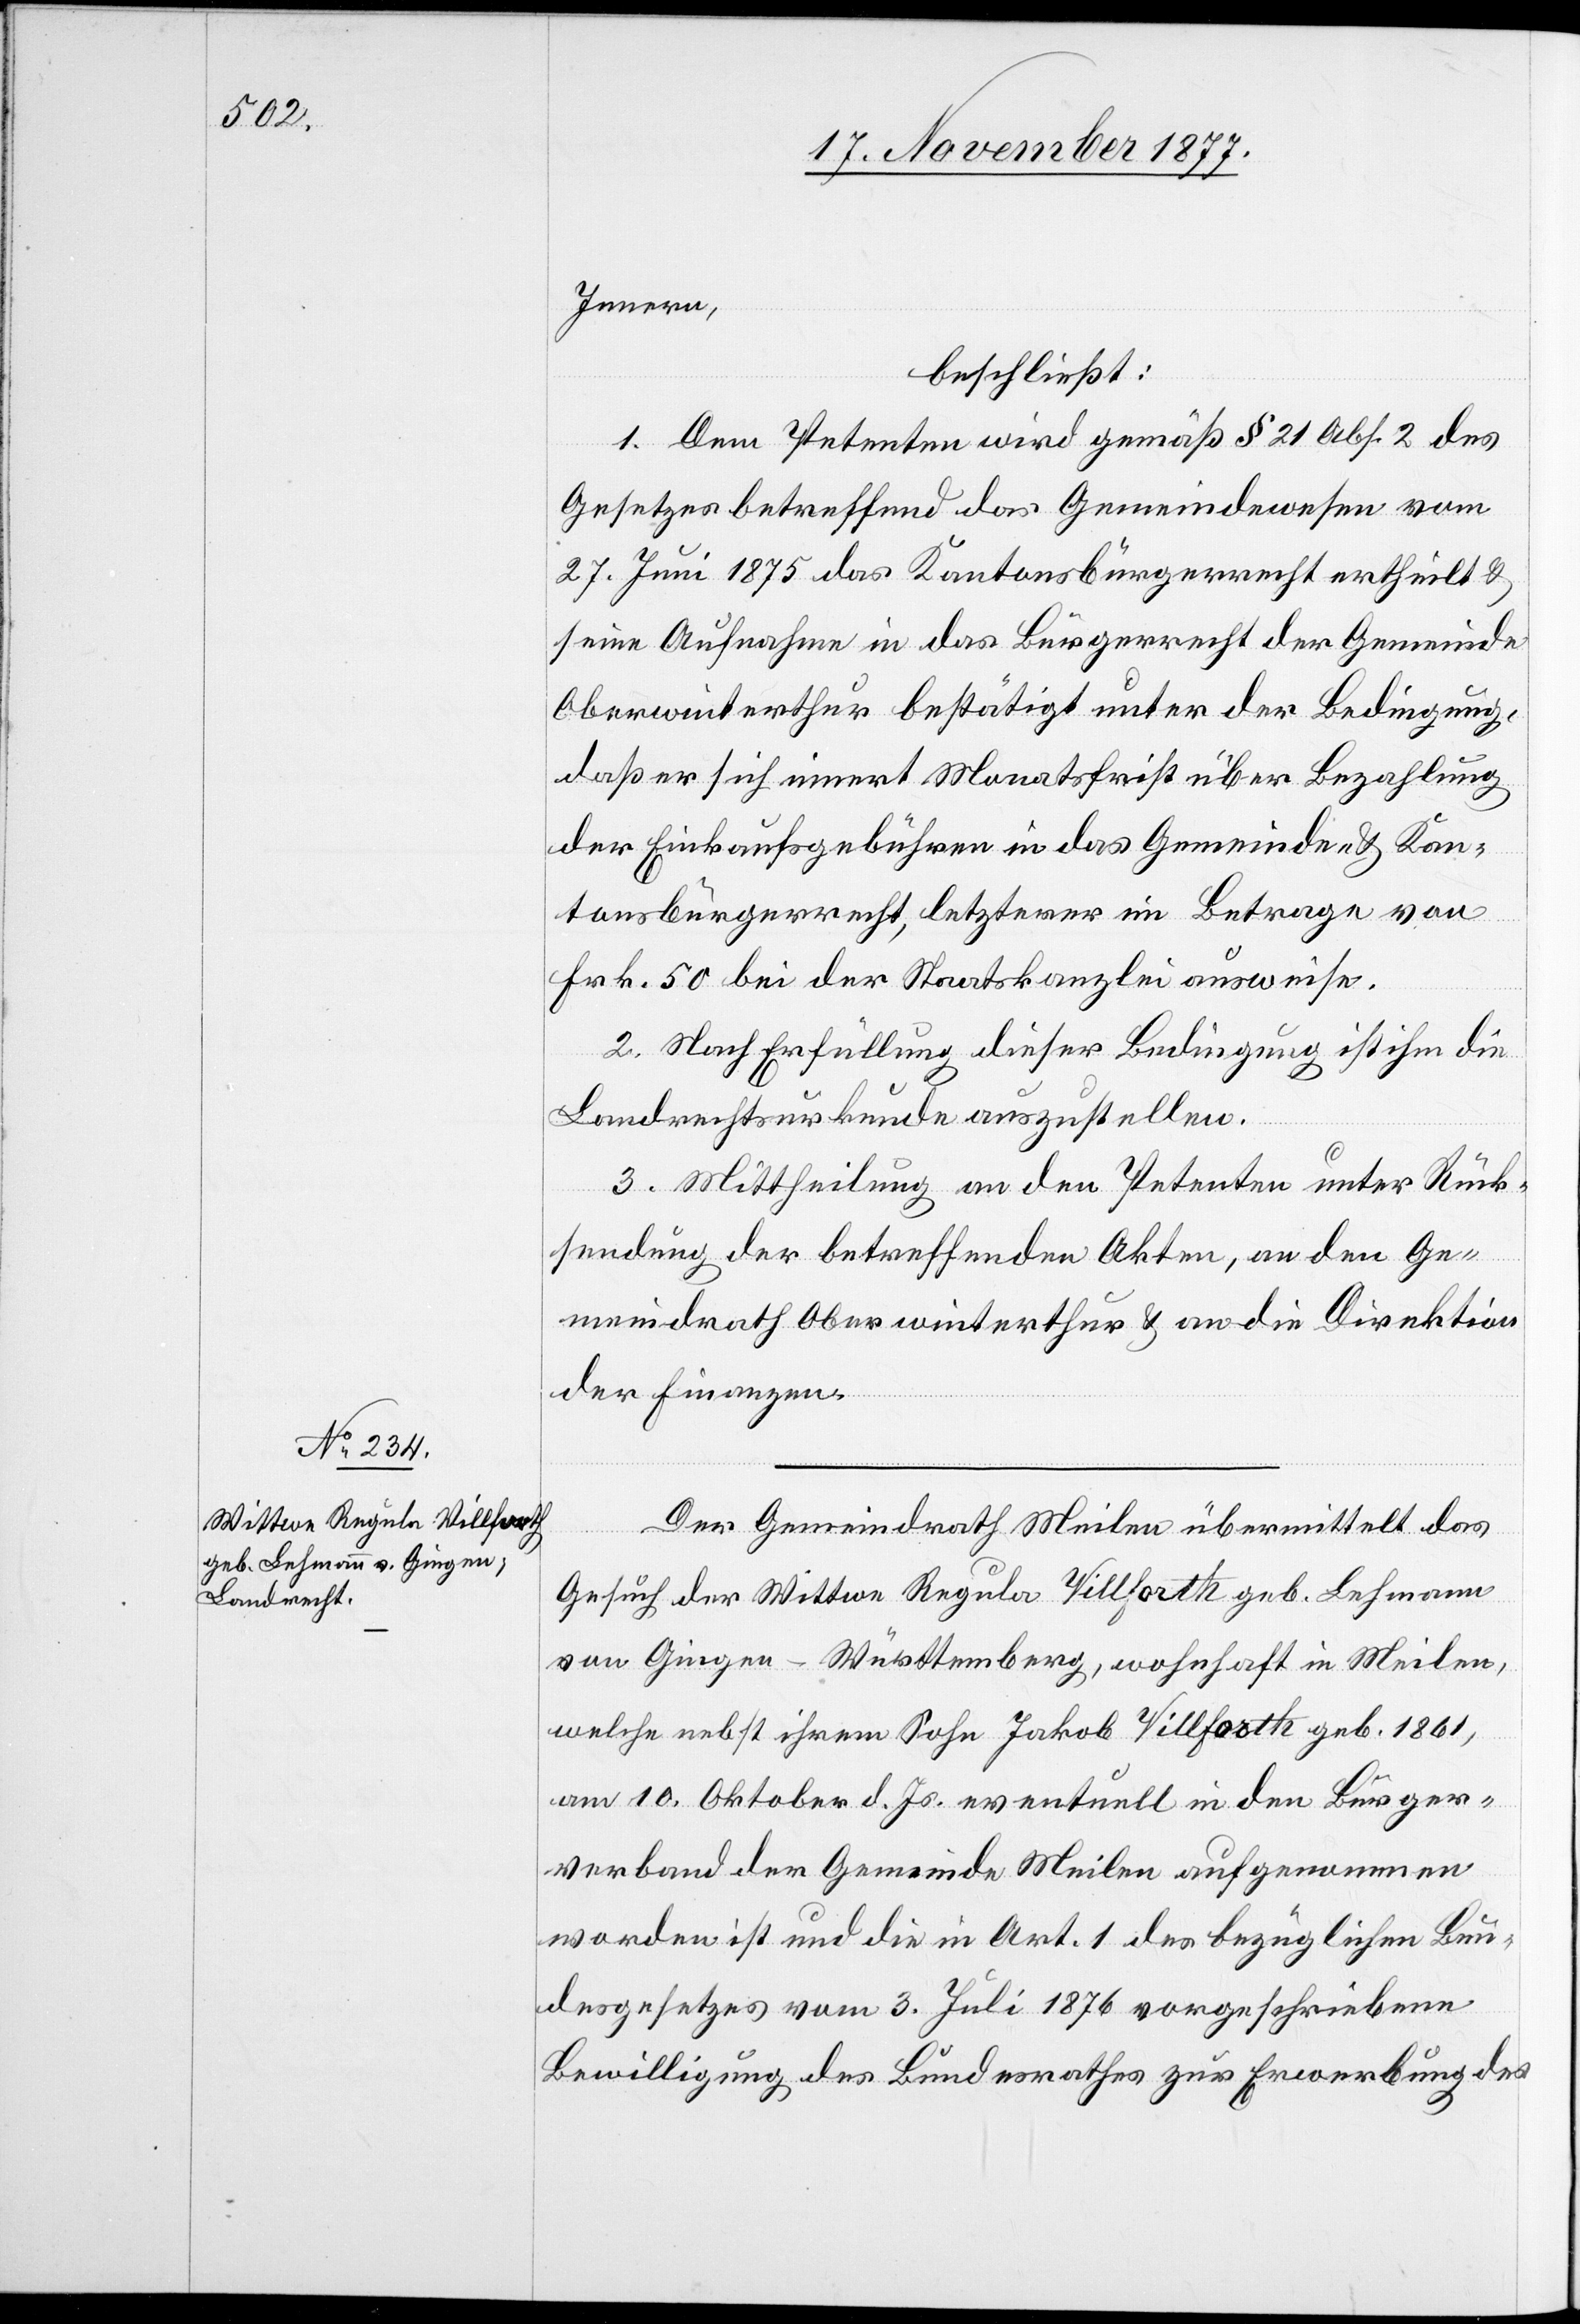
Innern,
beschließt:
1. Dem Petenten wird gemäß § 21 Abs. 2 des
Gesetzes betreffend das Gemeindewesen vom
27. Juni 1875 das Kantonsbürgerrecht ertheilt &
seine Aufnahme in das Bürgerrecht der Gemeinde
Oberwinterthur bestätigt unter der Bedingung,
daß er sich innert Monatsfrist über Bezahlung
der Einkaufsgebühren in das Gemeinde- & Kan¬
tonsbürgerrecht, letzterer im Betrage von
Frk. 50 bei der Staatskanzlei ausweise.
2. Nach Erfüllung dieser Bedingung ist ihm die
Landrechtsurkunde auszustellen.
3. Mittheilung an den Petenten unter Rück¬
sendung der betreffenden Akten, an den Ge¬
meindrath Oberwinterthur & an die Direktion
der Finanzen.
Der Gemeindrath Meilen übermittelt das
Gesuch der Wittwe Regula Villforth geb. Lehmann
von Gingen - Württemberg, wohnhaft in Meilen,
welche nebst ihrem Sohn Jakob Villforth geb. 1861,
am 10. Oktober d. Js. eventuell in den Bürger¬
verband der Gemeinde Meilen aufgenommen
worden ist und die in Art. 1 des bezüglichen Bun¬
desgesetzes vom 3. Juli 1876 vorgeschriebene
Bewilligung des Bundesrathes zur Erwerbung des